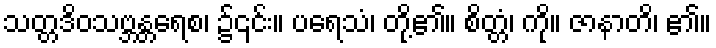
သတ္တဒိဝသဗ္ဘန္တရေစ၊ ၌၎င်း။ ပရေသံ၊ တို့၏။ စိတ္တံ၊ ကို။ ဇာနာတိ၊ ၏။